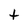
Character: t